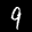
Label: 9